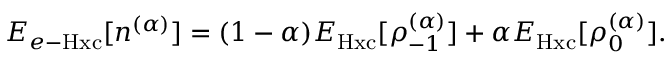
E _ { e - \mathrm { H x c } } [ n ^ { ( \alpha ) } ] = ( 1 - \alpha ) E _ { \mathrm { H x c } } [ { \rho _ { - 1 } ^ { ( \alpha ) } } ] + \alpha E _ { \mathrm { H x c } } [ { \rho _ { 0 } ^ { ( \alpha ) } } ] .